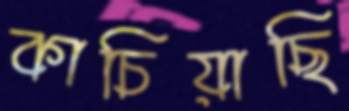
কাচিয়াছি